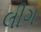
લીગ